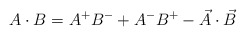
\begin{align*}A\cdot B = A^{+}B^{-} + A^{-}B^{+} -\vec{A}\cdot \vec{B}\end{align*}